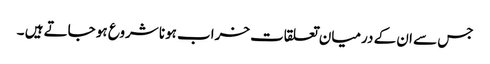
جس سے ان کے درمیان تعلقات خراب ہونا شروع ہو جاتے ہیں ۔